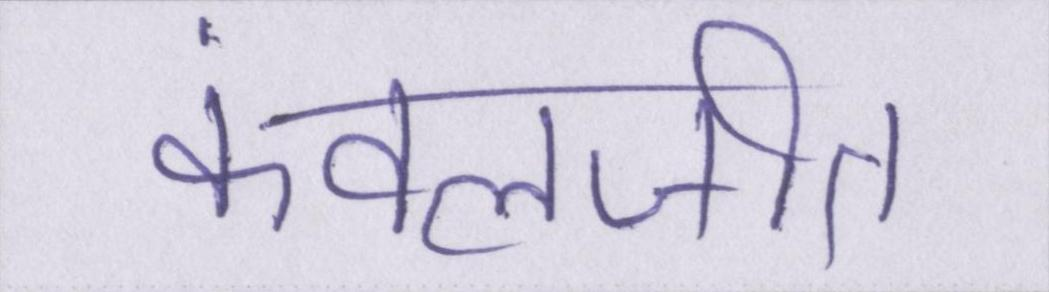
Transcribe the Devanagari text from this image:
कंवलजीत